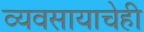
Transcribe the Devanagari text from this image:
व्यवसायाचेही